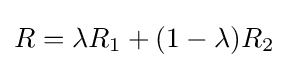
R=\lambda R_{1}+(1-\lambda )R_{2}